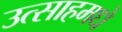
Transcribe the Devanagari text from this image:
उत्साहमधे